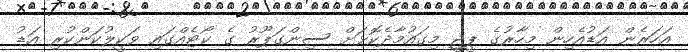
އަހަރެން އަޑުއެހިން މިހާރުގެ ޕީޖީ މިގައުމާދެކޮޅަށް ސިންގަޕޫރު ގެ ކޯޓެއްގައި ވަކީލުކަންކުރި އަޑު